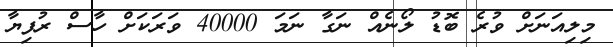
މިލިއަނަށް ވުރެ ބޮޑު ލޯނެއް ނަގާ ނަމަ 40000 ވަރަކަށް ހާސް ރުފިޔާ